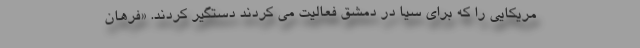
مریکایی را که برای سیا در دمشق فعالیت می کردند دستگیر کردند. «فرهان